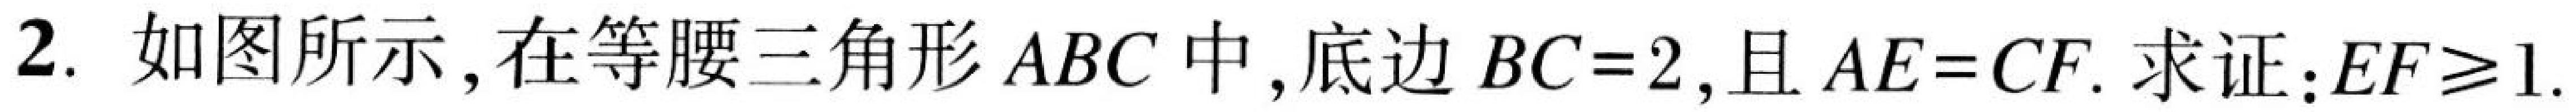
2. 如图所示，在等腰三角形\(ABC\)中，底边\(BC = 2\)，且\(AE = CF\). 求证：\(EF\geq1\).